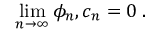
\operatorname * { l i m } _ { n \to \infty } \phi _ { n } , c _ { n } = 0 \; .